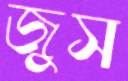
জুস